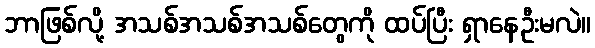
ဘာဖြစ်လို့ အသစ်အသစ်အသစ်တွေကို ထပ်ပြီး ရှာနေဦးမလဲ။